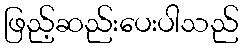
ဖြည့်ဆည်းပေးပါသည်